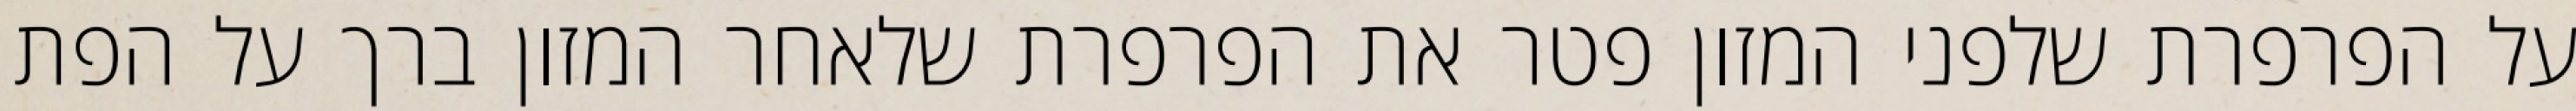
על הפרפרת שלפני המזון פטר את הפרפרת שלאחר המזון ברך על הפת